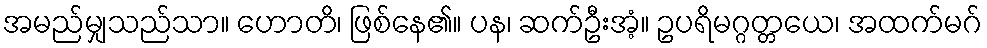
အမည်မျှသည်သာ။ ဟောတိ၊ ဖြစ်နေ၏။ ပန၊ ဆက်ဦးအံ့။ ဥပရိမဂ္ဂတ္တယေ၊ အထက်မဂ်